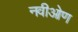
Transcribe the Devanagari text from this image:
नवीओण